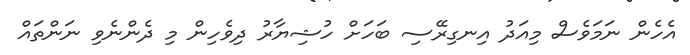
އެހެން ނަމަވެސް މިއަދު އިނގިރޭސި ބަހަށް ހުޝިޔާރު ދިވެހިން މި ދެންނެވި ނަންތައް